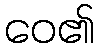
ဝေ၏